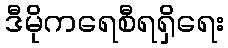
ဒီမိုကရေစီရရှိရေး